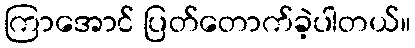
ကြာအောင် ပြတ်တောက်ခဲ့ပါတယ်။